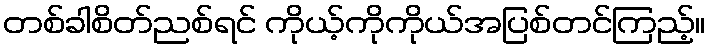
တစ်ခါစိတ်ညစ်ရင် ကိုယ့်ကိုကိုယ်အပြစ်တင်ကြည့်။